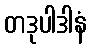
တဒုပါဒါနံ